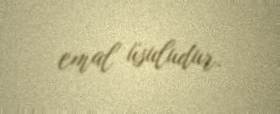
emal üsuludur.